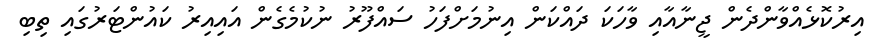
އިރުކޮޅެއްވާންދެން ޖީނާއާއި ވާހަކަ ދައްކަން އިނުމަށްފަހު ސައްފޫރު ނުކުމެގެން އައިއިރު ކައުންޓަރުގައި ތިބި